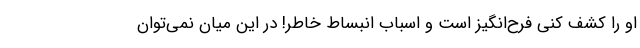
او را کشف کنی فرح‌انگیز است و اسباب انبساط خاطر! در این میان نمی‌توان